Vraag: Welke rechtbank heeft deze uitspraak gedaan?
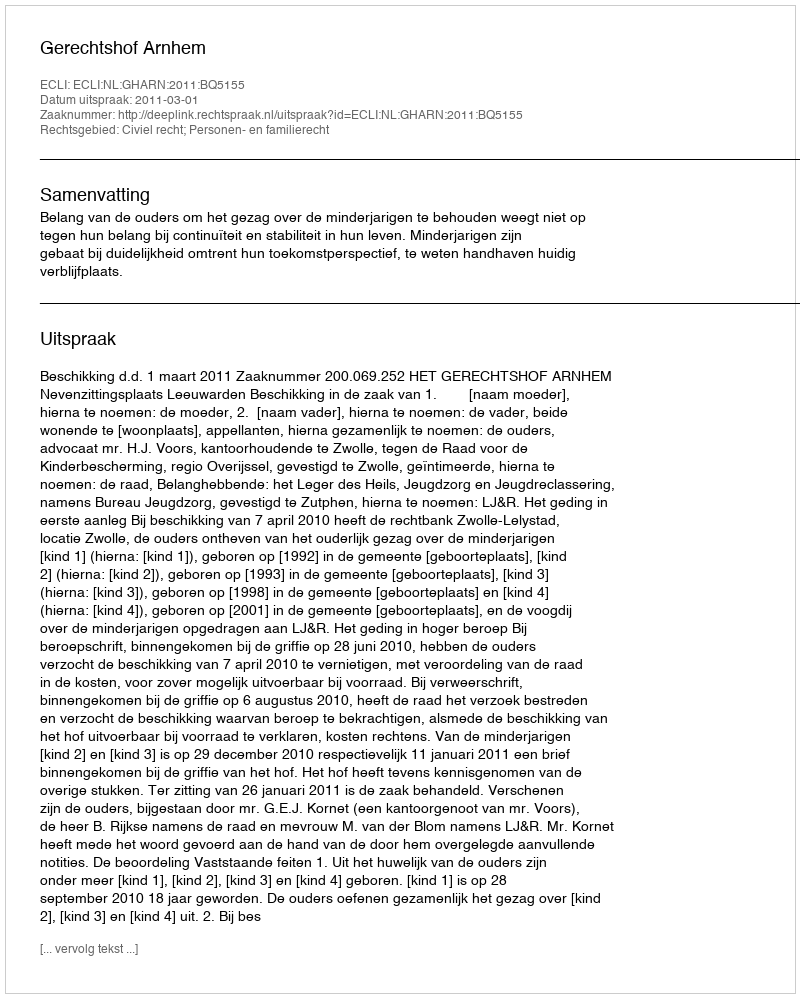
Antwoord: Gerechtshof Arnhem